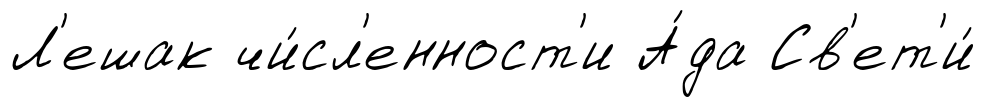
Л'ешак чи́сл'енност'и А́да Св'ет'и́